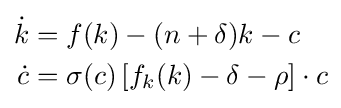
{\begin{aligned}{\dot {k}}&=f(k)-(n+\delta )k-c\\{\dot {c}}&=\sigma (c)\left[f_{k}(k)-\delta -\rho \right]\cdot c\end{aligned}}